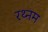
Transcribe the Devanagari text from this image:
रथ्नम